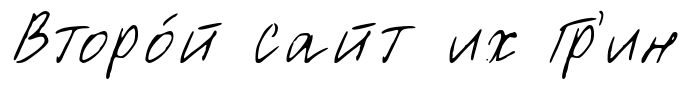
Второ́й сайт их Гр'ин